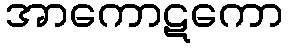
အာကောဋကော